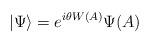
LaTeX: \begin{align*}| \Psi\rangle = e^{i \theta W(A)} \Psi (A)\end{align*}